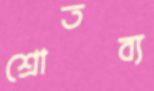
শ্রোতব্য